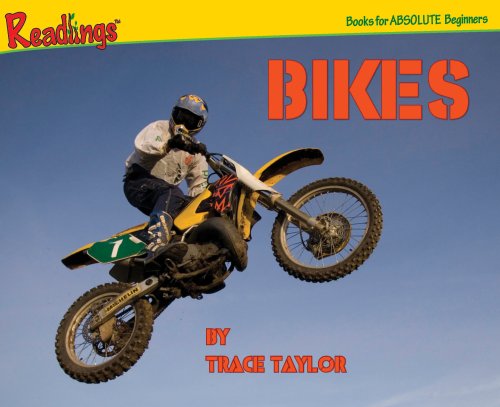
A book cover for Bikes (Trucks, Cars and Bikes); Trace Taylor; Children's Books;